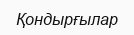
Қондырғылар